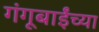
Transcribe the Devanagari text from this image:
गंगूबाईंच्या